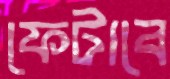
ফেটাবে